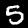
Digit: 5